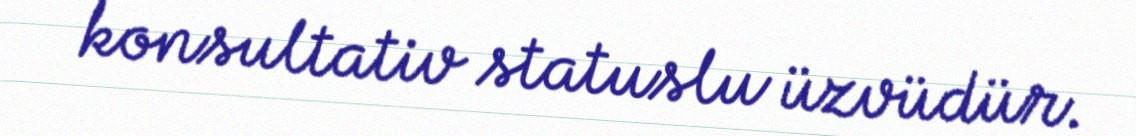
konsultativ statuslu üzvüdür.